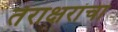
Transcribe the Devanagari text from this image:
तेराक्षरांचा